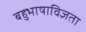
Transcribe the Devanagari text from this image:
बहुभाषाविज्ञता